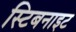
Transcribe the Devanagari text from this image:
स्टिबनाइट